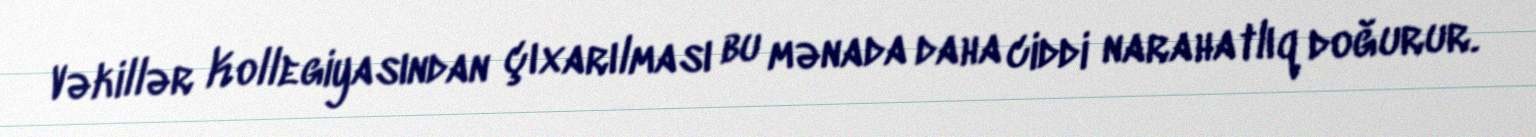
Vəkillər Kollegiyasından çıxarılması bu mənada daha ciddi narahatlıq doğurur.